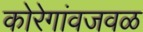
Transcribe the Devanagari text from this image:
कोरेगांवजवळ